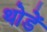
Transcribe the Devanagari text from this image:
थोडें